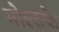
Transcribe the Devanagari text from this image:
मोल्तके